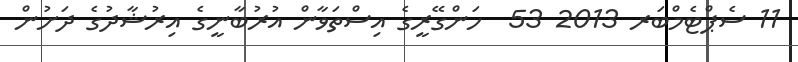
11 ސެޕްޓެމްބަރ 2013 53  ހަންގޭރީގެ އިސްތަވާން އުރުބާނީގެ އިރުޝާދުގެ ދަށުން